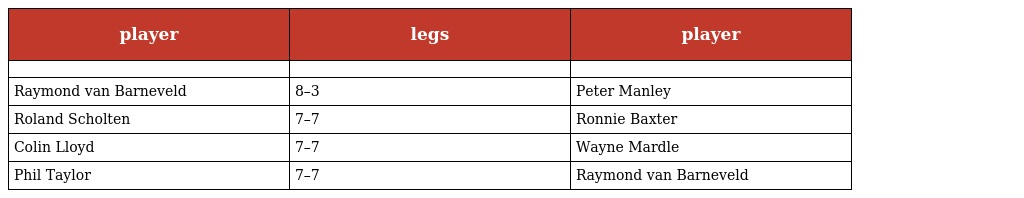
| player | legs | player |
 | --- | --- | --- |
 |  |  |  |
 | Raymond van Barneveld | 8–3 | Peter Manley |
 | Roland Scholten | 7–7 | Ronnie Baxter |
 | Colin Lloyd | 7–7 | Wayne Mardle |
 | Phil Taylor | 7–7 | Raymond van Barneveld |